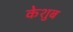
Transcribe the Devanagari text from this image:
केशुब